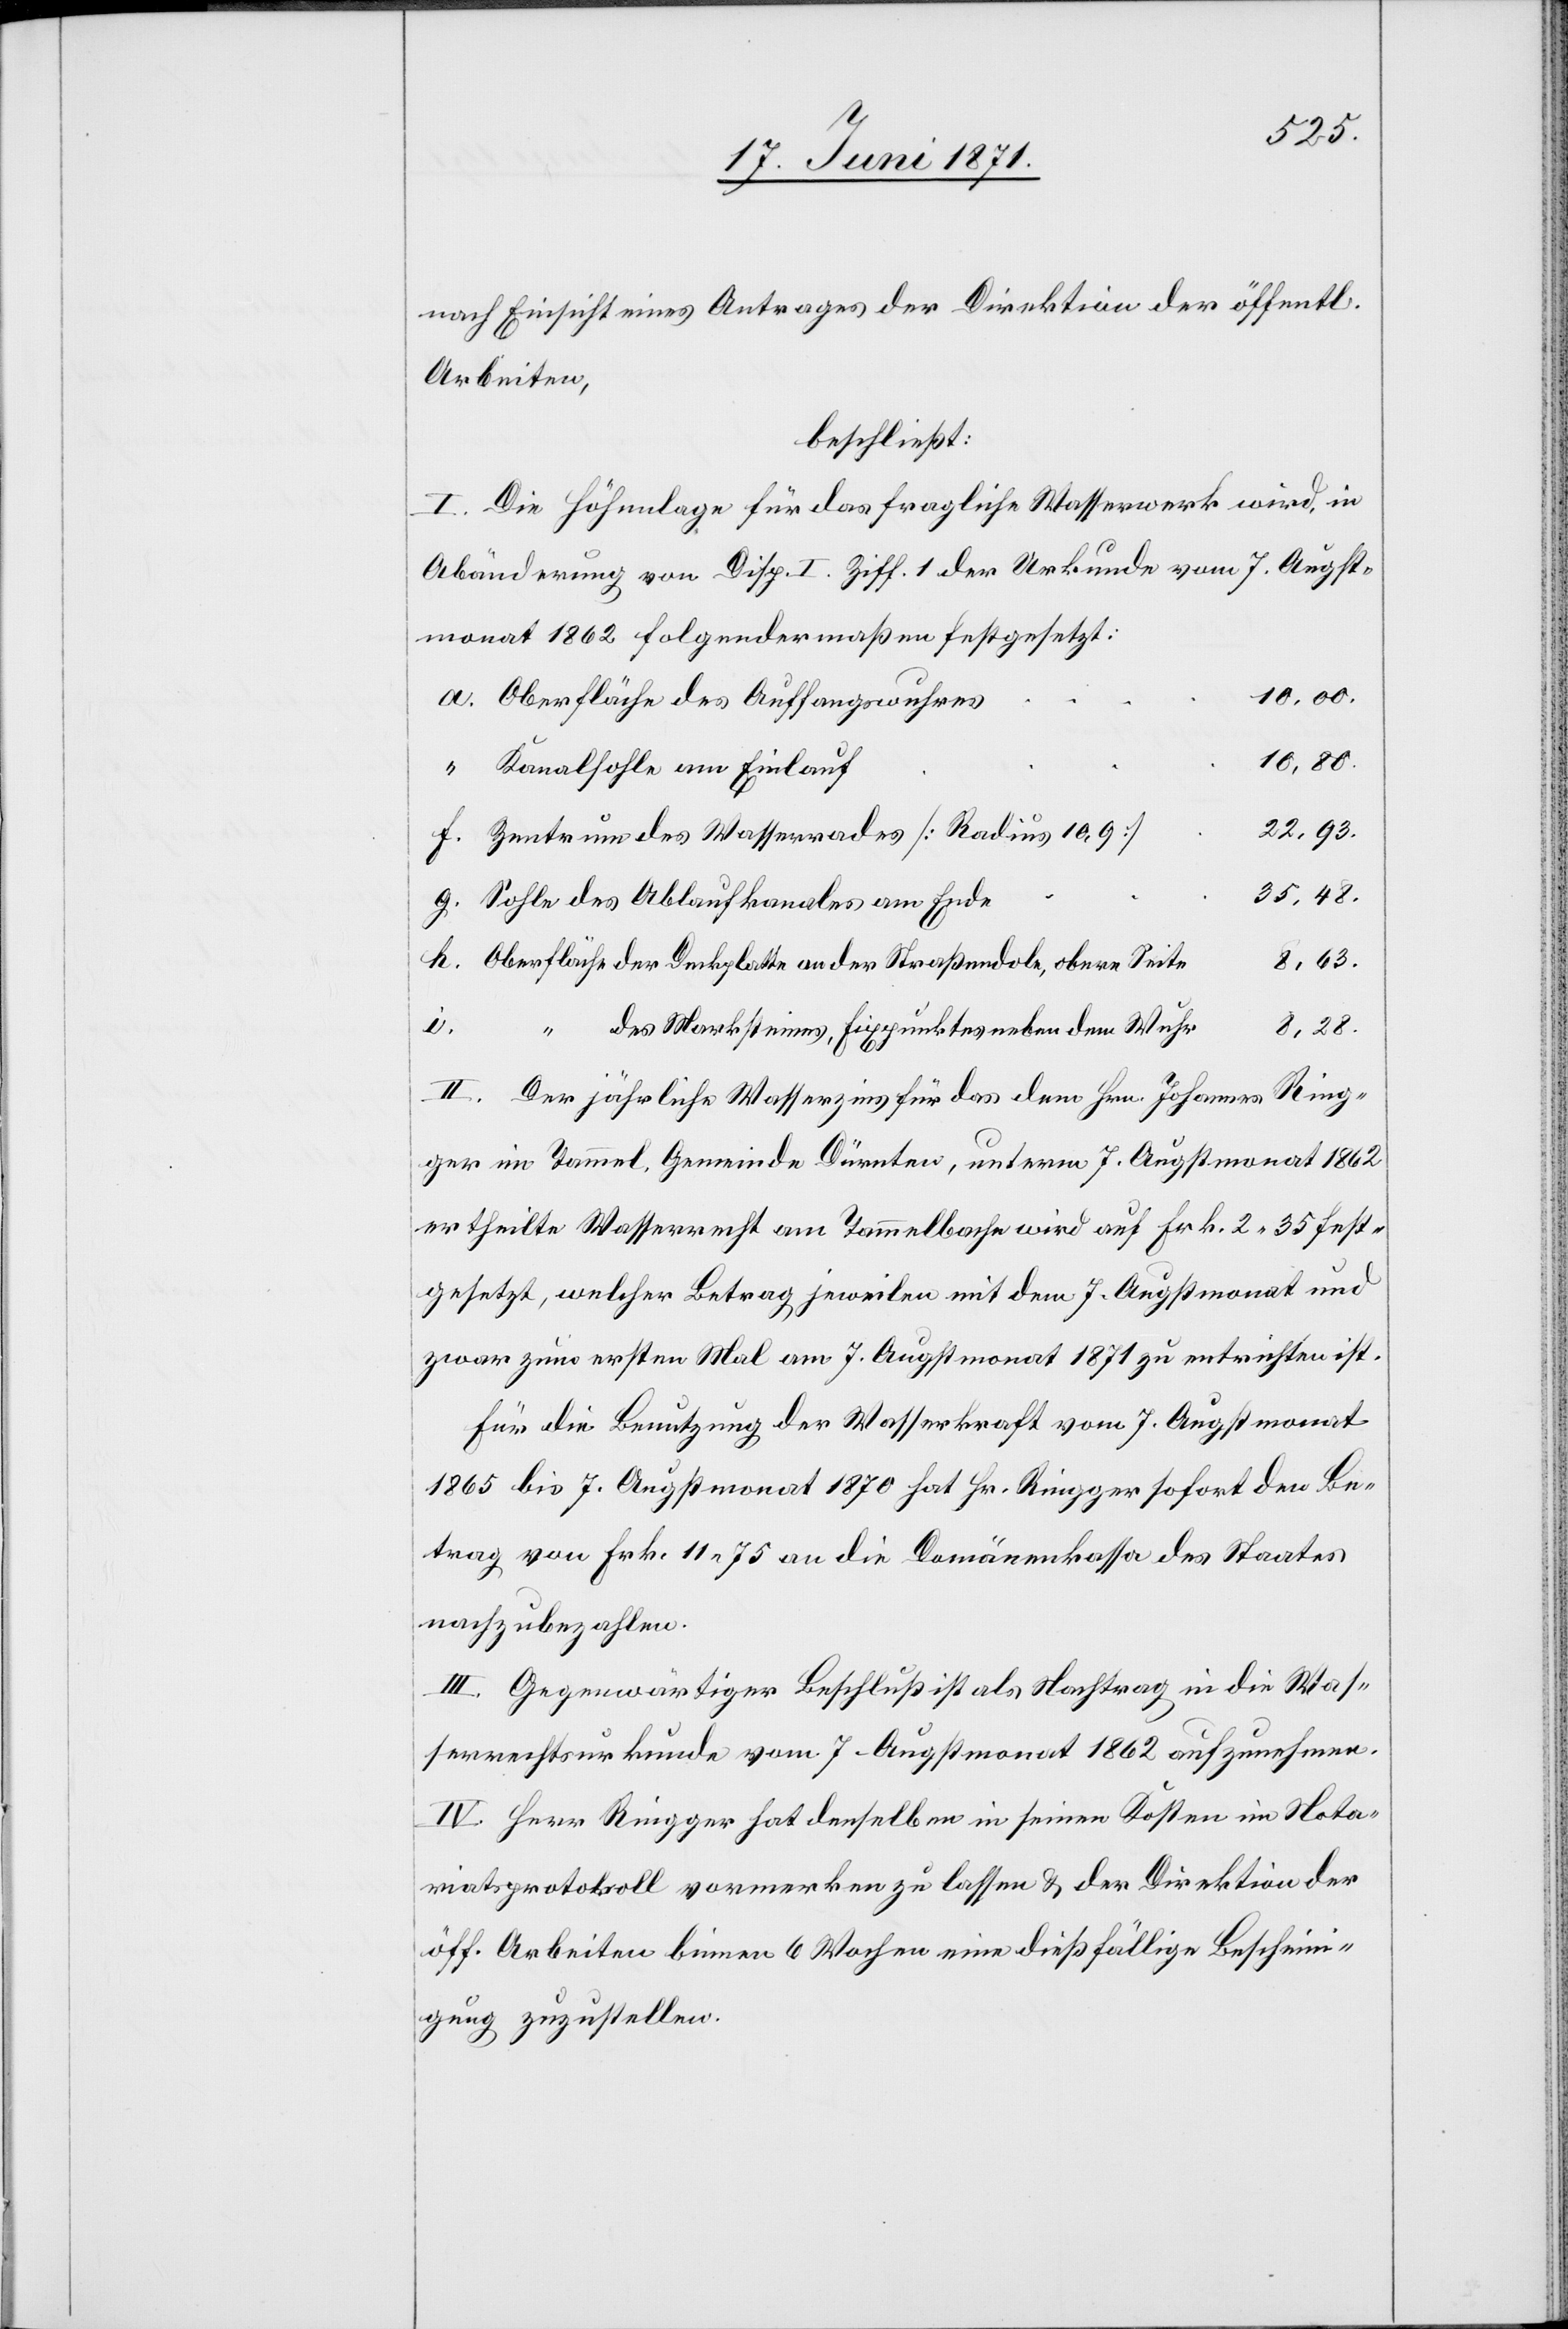
8.28.
nach Einsicht eines Antrages der Direktion der öffentl.
Arbeiten,
beschließt:
I. Die Höhenlage für das fragliche Wasserwerk wird in
Abänderung von Disp. I Ziff. 1 der Urkunde vom 7. Augst¬
monat 1862 folgendermaßen festgesetzt:
Oberfläche des Auffangswuhres
10.80.
Kanalsohle am Einlauf
22.93.
Zentrum des Wasserrades [Radius 10.9]
35.48.
Sohle des Ablaufkanales am Ende
Oberfläche der Deckplatte an der Straßendole, obere Seite
i.
“ des Marksteines, Fixpunktes neben dem Wuhr
II. Der jährliche Wasserzins für das dem Hrn. Johannes Ring¬
ger in Tammel, Gemeinde Dürnten, unterm 7. Augstmonat 1862
ertheilte Wasserrecht am Tammelbache wird auf Frk. 2.35 fest¬
gesetzt, welcher Betrag jeweilen mit dem 7. Augstmonat und
zwar zum ersten Mal am 7. Augstmonat 1871 zu entrichten ist.
Für die Benutzung der Wasserkraft vom 7. Augstmonat
1865 bis 7. Augstmonat 1870 hat Hr. Ringger sofort den Be¬
trag von Frk. 11.75 an die Domänenkasse des Staates
nachzubezahlen.
III. Gegenwärtiger Beschluß ist als Nachtrag in die Was¬
serrechtsurkunde vom 7. Augstmonat 1862 aufzunehmen.
IV. Herr Ringger hat denselben in seinen Kosten im Nota¬
riatsprotokoll vormerken zu lassen u. der Direktion der
öff. Arbeiten binnen 6 Wochen eine dießfällige Beschein¬
igung zuzustellen.